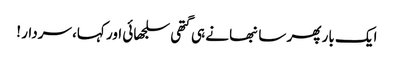
ایک بار پھر سانبھا نے ہی گتھی سلجھائی اور کہا، سردار !